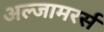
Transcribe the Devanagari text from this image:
अल्जामरर्स